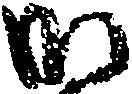
御